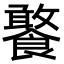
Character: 饏